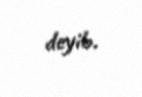
deyib.